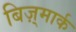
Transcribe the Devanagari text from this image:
बिज़्मार्क